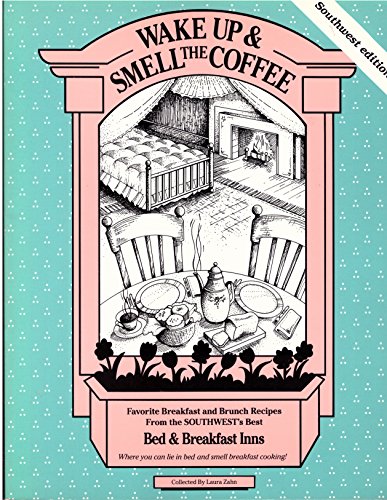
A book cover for Wake Up and Smell the Coffee/Southwest: Southwest Edition; Laura Zahn; Travel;